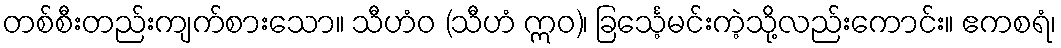
တစ်စီးတည်းကျက်စားသော။ သီဟံဝ (သီဟံ ဣဝ)၊ ခြင်္သေ့မင်းကဲ့သို့လည်းကောင်း။ ဧကစရံ၊